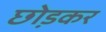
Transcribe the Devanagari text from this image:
छो़डकर